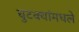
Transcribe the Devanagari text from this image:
चुटक्यांमधले